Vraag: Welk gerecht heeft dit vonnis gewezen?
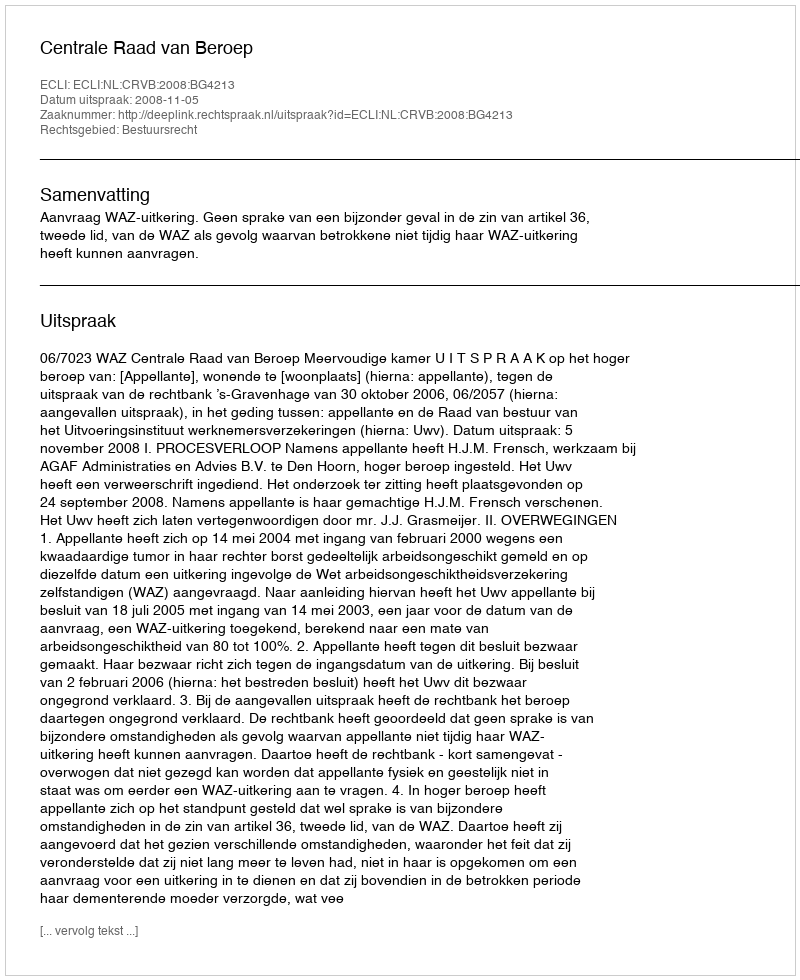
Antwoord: Centrale Raad van Beroep